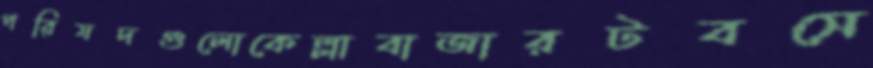
পরিষদগুলোকেল্লাবাজারটবসে